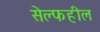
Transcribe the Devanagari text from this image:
सेल्फहील